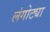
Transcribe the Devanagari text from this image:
लंगोट्या